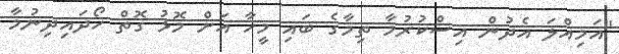
"އަމިއްލަ އެދުން އިސްކުރުމާ ތިމާގެ ބައި މީހާ އަށް މޮޅު ގޮތް ހޯދައިދިނުމާ